Vana-Vandra_vallavalitsus, lk 51
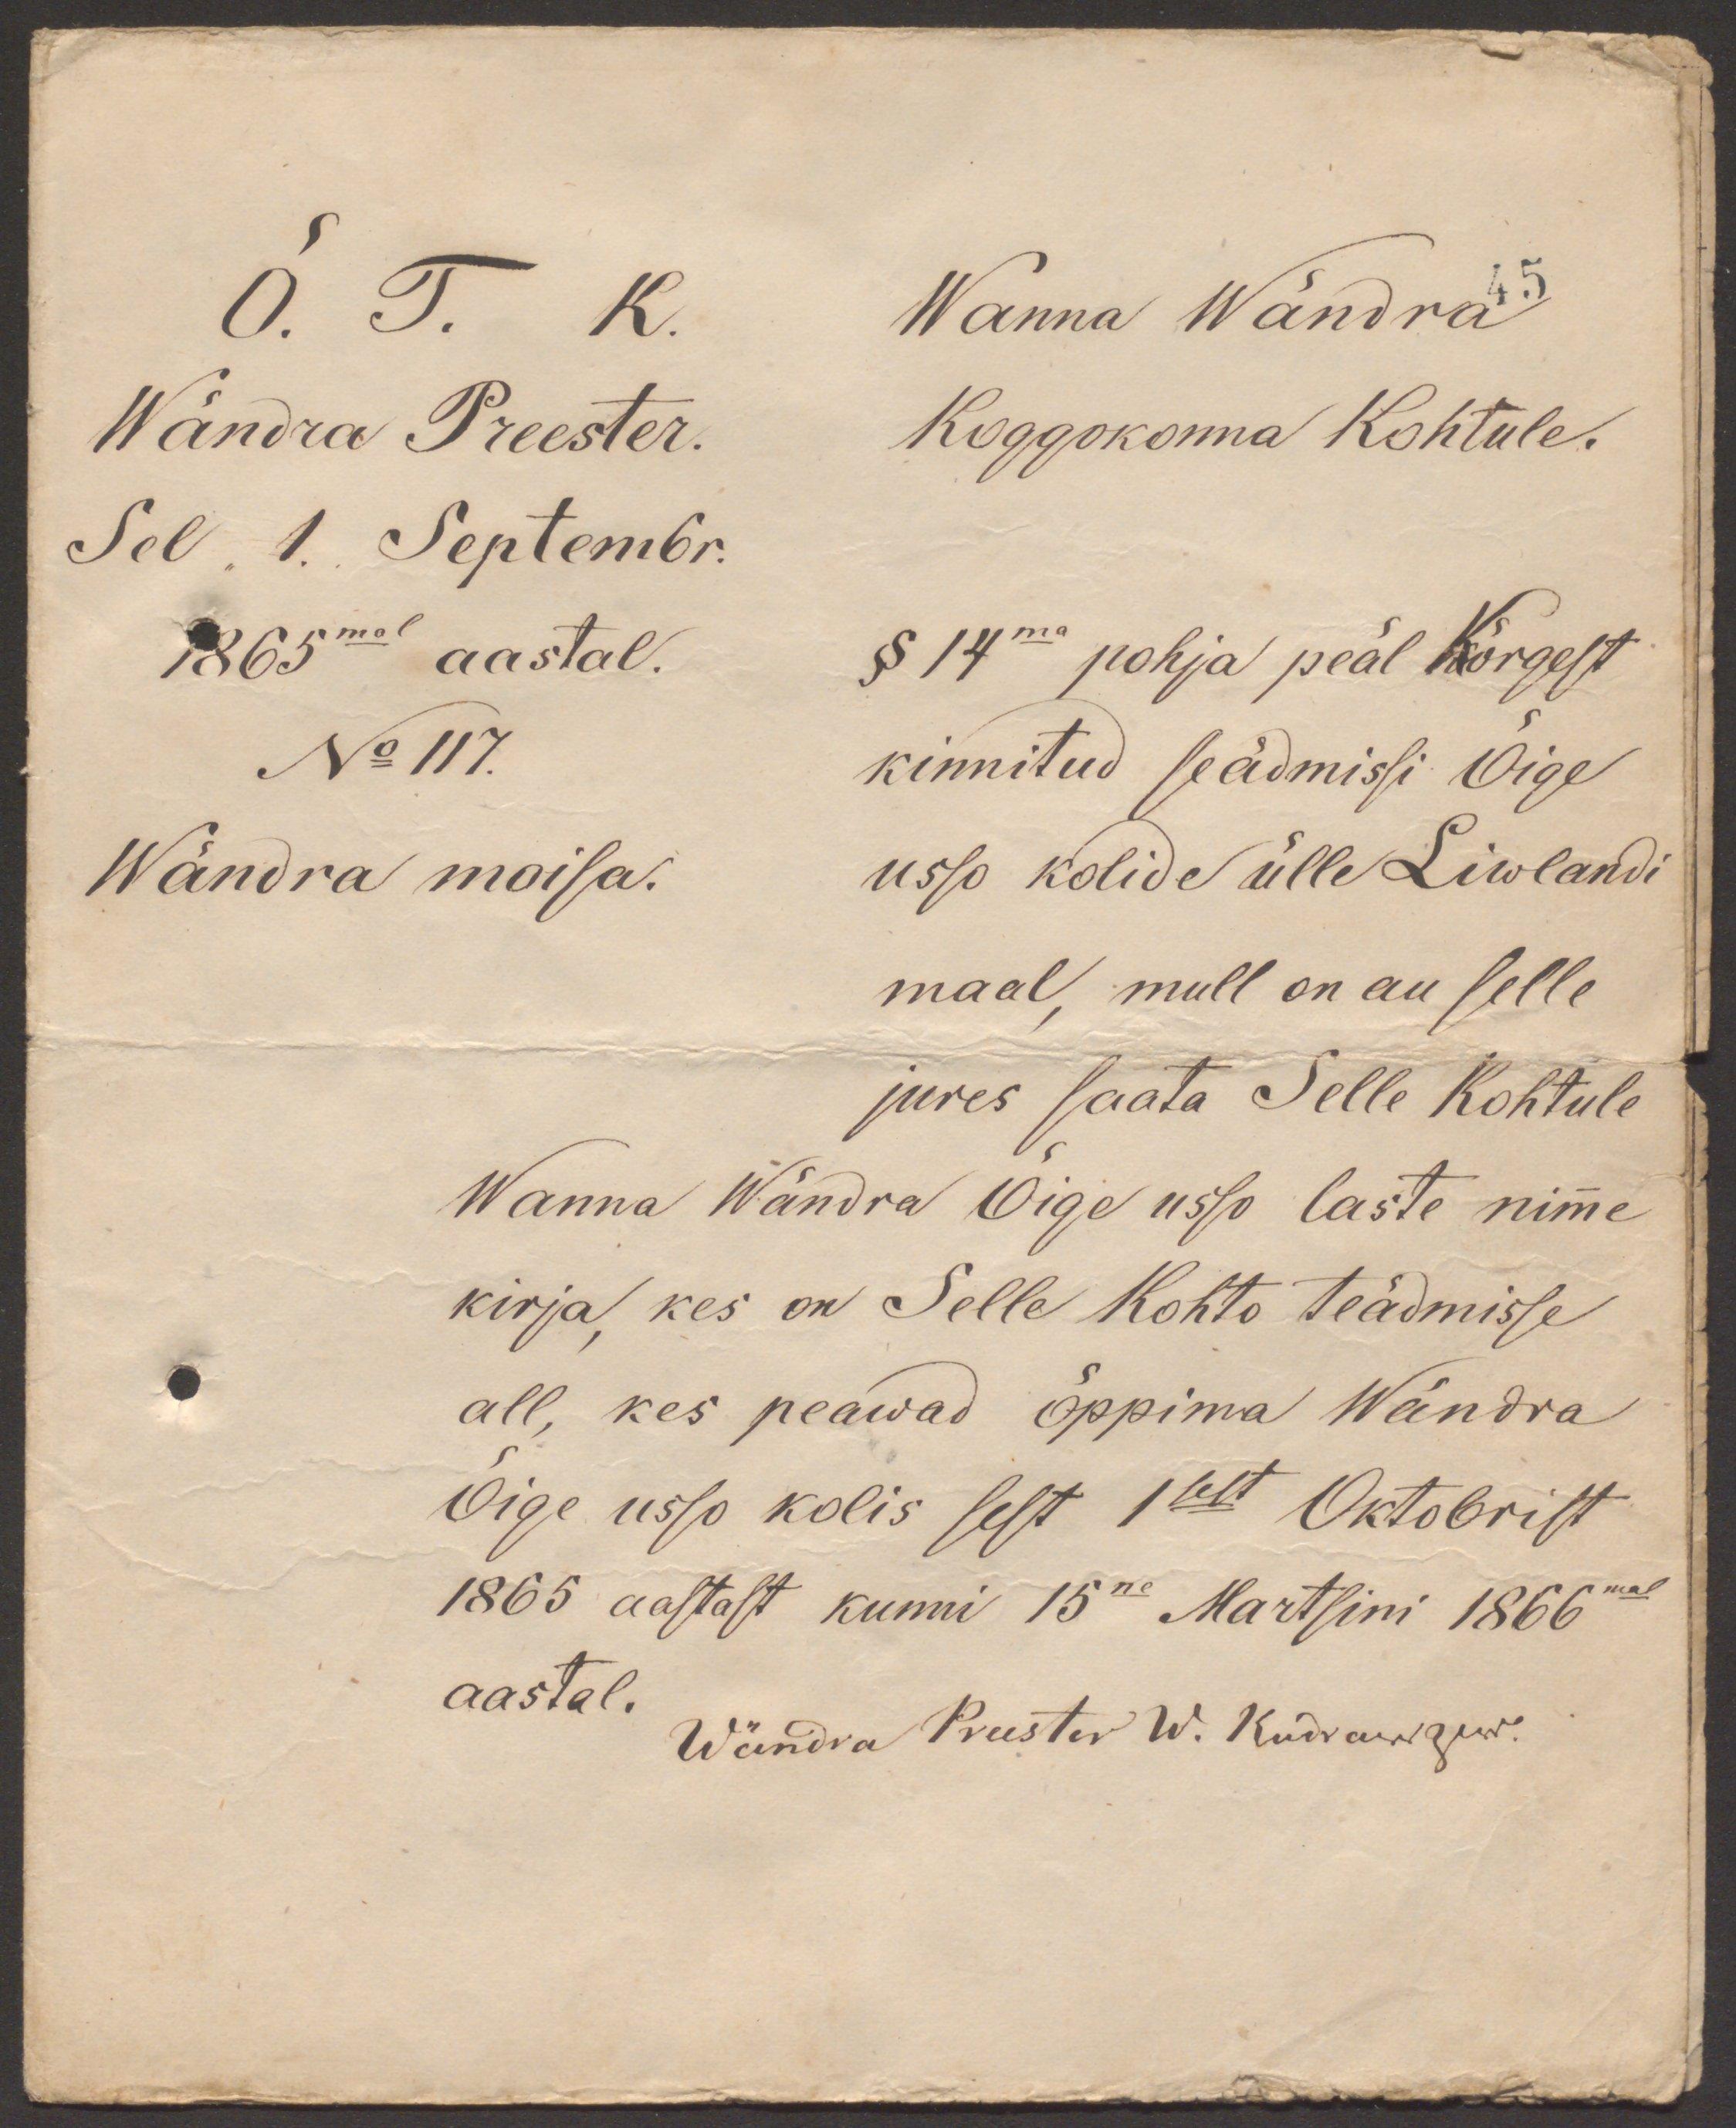
Õ. T. K.
Wanna Wändra 45
Wändra Preester.
Koggokonna Kohtule.
Sel 1. Septembr.
1865mal aastal.
§ 14ma pohja peäl Kõrgest
No 117.
kinnitud seädmissi Õige
Wändra mõisa.
usso kolide ülle Liwlandi
maal, mull on au selle
jures saata Selle Kohtule
Wanna Wändra Õigeusso laste nime
kirja, kes on Selle Kohto teadmisse
all, kes peawad õppima Wändra
Õige usso kolis sest 1sest Oktobrist
1865 aastast kunni 15ne Martsini 1866mal
aastal.
Wändra Preester W. Kudranzew.